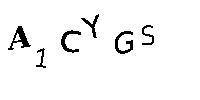
A1CYGS